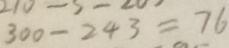
3 0 0 - 2 4 3 = 7 6